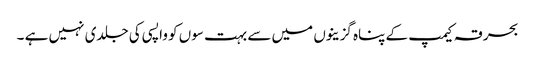
بحرقہ کیمپ کے پناہ گزینوں میں سے بہت سوں کو واپسی کی جلدی نہیں ہے ۔